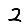
Digit: 2